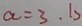
a = 3 . b